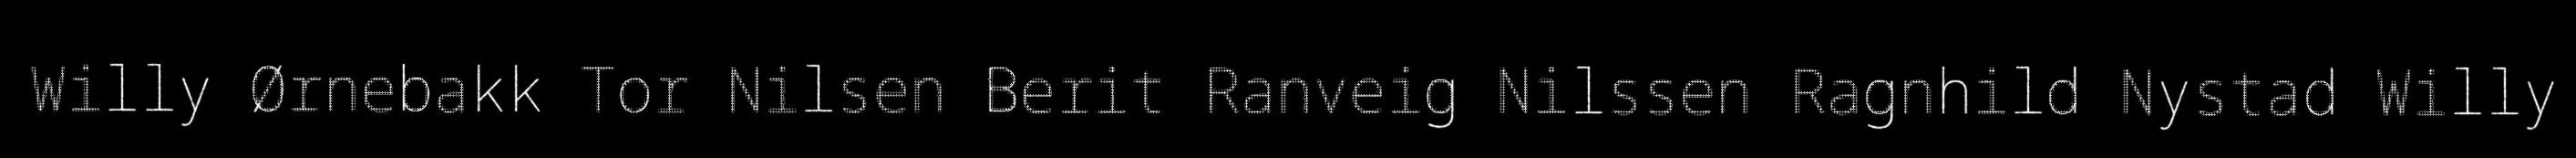
Willy Ørnebakk Tor Nilsen Berit Ranveig Nilssen Ragnhild Nystad Willy